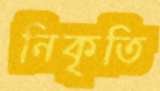
নিকৃতি